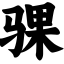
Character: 骒